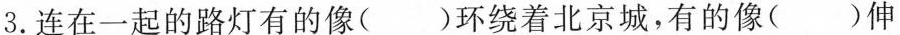
3.连在一起的路灯有的像（ ）环绕着北京城，有的像（ ）伸